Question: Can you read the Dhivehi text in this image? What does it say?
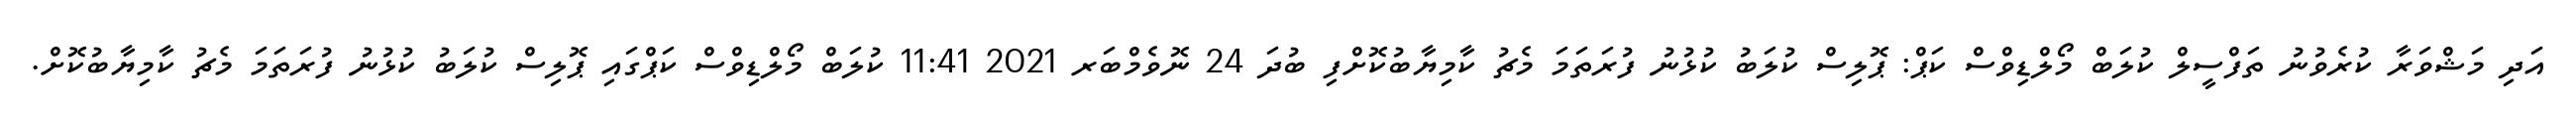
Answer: އަދި މަޝްވަރާ ކުރެވުނު ތަފްސީލް ކުލަބް މޯލްޑިވްސް ކަޕް: ޕޮލިސް ކުލަބު ކުޅުނު ފުރަތަމަ މެޗު ކާމިޔާބުކޮށްފި ބުދަ 24 ނޮވެމްބަރ 2021 11:41 ކުލަބް މޯލްޑިވްސް ކަޕްގައި ޕޮލިސް ކުލަބު ކުޅުނު ފުރަތަމަ މެޗު ކާމިޔާބުކޮށް.